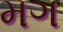
મગ